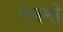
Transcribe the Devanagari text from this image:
एलमो